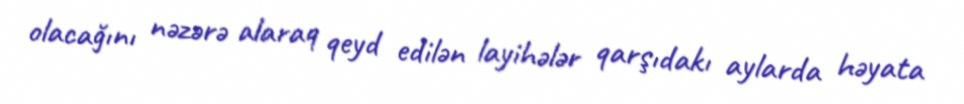
olacağını nəzərə alaraq qeyd edilən layihələr qarşıdakı aylarda həyata